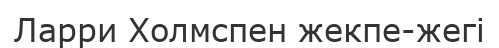
Ларри Холмспен жекпе-жегі